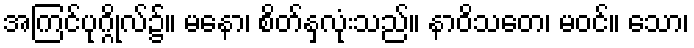
အကြင်ပုဂ္ဂိုလ်၌။ မနော၊ စိတ်နှလုံးသည်။ နာဝိသတေ၊ မဝင်။ သော၊